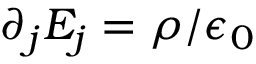
\partial _ { j } E _ { j } = \rho / \epsilon _ { 0 }